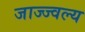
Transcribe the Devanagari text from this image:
जाज्ज्वल्य